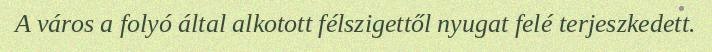
A város a folyó által alkotott félszigettől nyugat felé terjeszkedett.